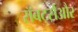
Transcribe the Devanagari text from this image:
रॉबर्ट्सऔर